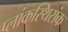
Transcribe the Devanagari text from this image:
प्लांकस्थिरांक